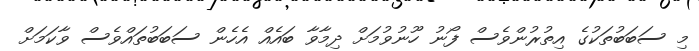
މި ސަބަބުތަކުގެ އިތުރުންވެސް ފޯނު ހޫނުވުމަށް ދިމާވާ ބައެއް އެހެން ސަބަބުތައްވެސް ވާކަމަށް